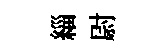
緇尉